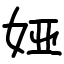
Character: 娅